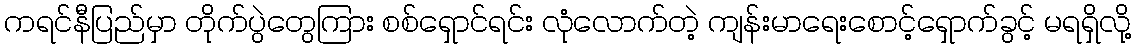
ကရင်နီပြည်မှာ တိုက်ပွဲတွေကြား စစ်ရှောင်ရင်း လုံလောက်တဲ့ ကျန်းမာရေးစောင့်ရှောက်ခွင့် မရရှိလို့